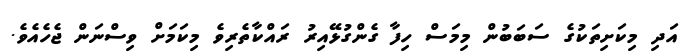
އަދި މިކަށިތަކުގެ ސަބަބުން މިމަސް ހިފާ ގެންގުޅޭއިރު ރައްކާތެރިވެ މިކަމަށް ވިސްނަން ޖެހެއެވެ.